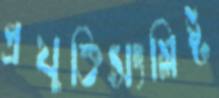
প্রযুক্তিসংশ্লিষ্ট